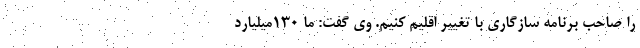
را صاحب برنامه سازگاری با تغییر اقلیم کنیم. وی گفت: ما 130میلیارد